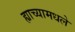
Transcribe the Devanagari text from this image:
ह्याच्यामधले